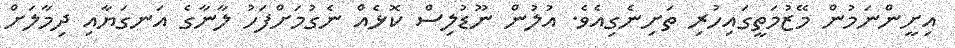
އިށީންނަމުން މޭޒުމަތީގައިހުރި ތަށިނެގިއެވެ. އުލުން ނޫޑުލިސް ކޮޅެއް ނެގުމަށްފަހު ލާނާގެ އަނގަޔާއި ދިމާލަށް